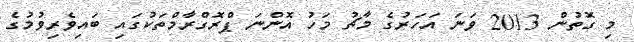
މި ގޮތުން 2013 ވަނަ އަހަރުގެ މާޗު މަހު އޮންނަ ޕްރޮގްރާމްތަކުގައި ބައިވެރިވުމުގެ